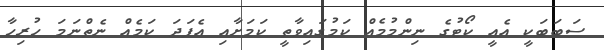
ސަބަބަކީ އެއީ ކޯޓުގެ ނިންމުމެއް ކަމުގައިވާތީ ކަމަށާއި އެފަދަ ކަމެއް ނެތްނަމަ ހުރިހާ